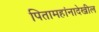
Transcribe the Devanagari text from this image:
पितामहांनादेखील